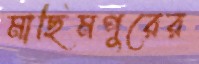
মাছিমপুরের